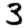
Digit: 3